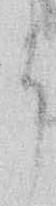
よ